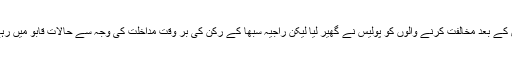
اس کے بعد مخالفت کرنے والوں کو پولیس نے گھیر لیا لیکن راجیہ سبھا کے رکن کی بر وقت مداخلت کی وجہ سے حالات قابو میں رہے۔